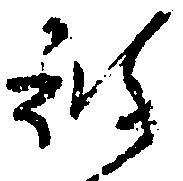
被